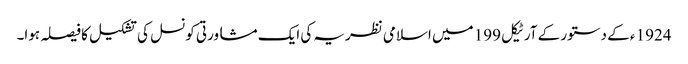
1924 ء کے دستور کے آرٹیکل 199 میں اسلامی نظریہ کی ایک مشاورتی کونسل کی تشکیل کا فیصلہ ہوا۔